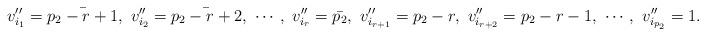
LaTeX: \begin{align*} v''_{i_1}=\bar{p_2-r+1},\ v''_{i_2}=\bar{p_2-r+2},\ \cdots,\ v''_{i_r}=\bar{p_2},\ v''_{i_{r+1}}=p_2-r,\ v''_{i_{r+2}}=p_2-r-1,\ \cdots,\ v''_{i_{p_2}}=1.\end{align*}